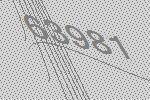
63981